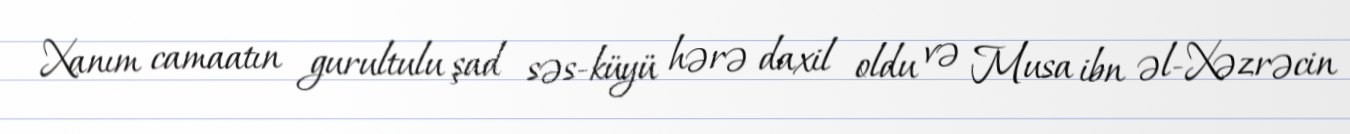
Xanım camaatın gurultulu şad səs-küyü hərə daxil oldu və Musa ibn əl-Xəzrəcin